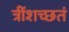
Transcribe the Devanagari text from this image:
त्रींशच्छतं